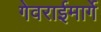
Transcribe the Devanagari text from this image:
गेवराईमार्गे